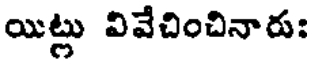
యిట్లు వివేచించినారు: